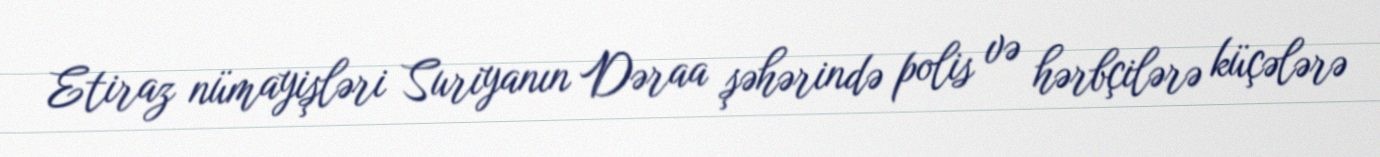
Etiraz nümayişləri Suriyanın Dəraa şəhərində polis və hərbçilərə küçələrə